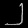
Digit: ၂